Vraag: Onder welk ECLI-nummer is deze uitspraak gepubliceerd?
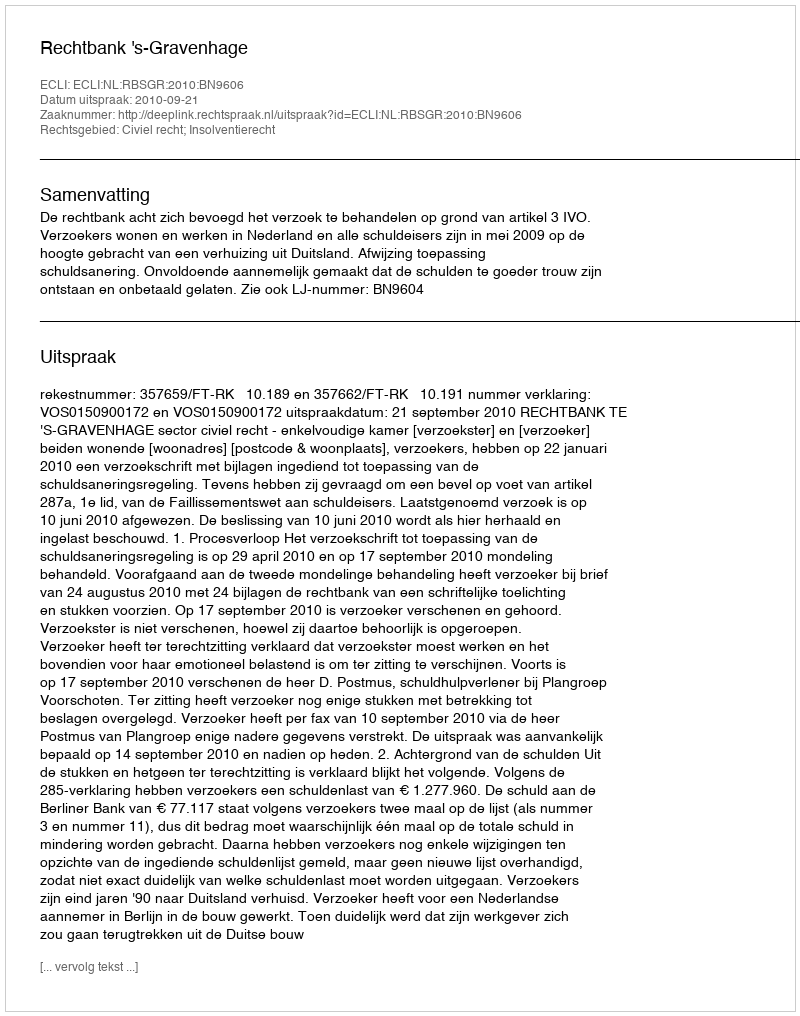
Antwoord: ECLI:NL:RBSGR:2010:BN9606